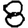
Digit: 8